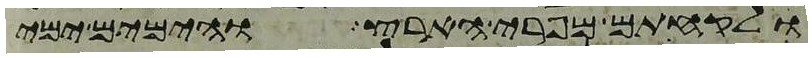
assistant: ולקחתם מפרי הארץ והימים ימי